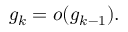
g _ { k } = o ( g _ { k - 1 } ) .